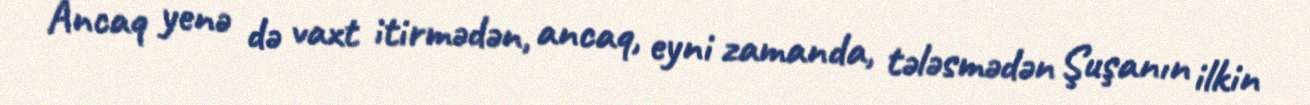
Ancaq yenə də vaxt itirmədən, ancaq, eyni zamanda, tələsmədən Şuşanın ilkin